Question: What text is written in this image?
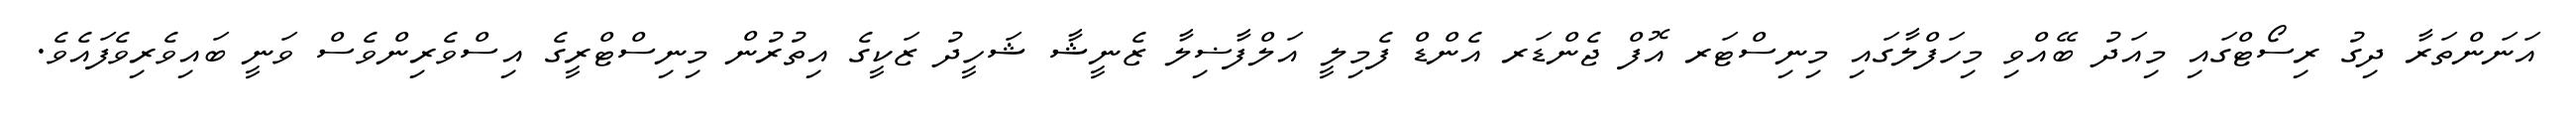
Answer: އަނަންތަރާ ދިގު ރިސޯޓްގައި މިއަދު ބޭއްވި މިހަފްލާގައި މިނިސްޓަރ އޮފް ޖެންޑަރ އެންޑް ފެމިލީ އަލްފާޟިލާ ޒެނީޝާ ޝަހީދު ޒަކީގެ އިތުރުން މިނިސްޓްރީގެ އިސްވެރިންވެސް ވަނީ ބައިވެރިވެފައެވެ.